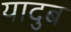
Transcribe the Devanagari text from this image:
यादुब